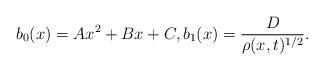
LaTeX: \begin{align*}b_{0}(x)=Ax^{2}+Bx+C, b_{1}(x) = \frac{D}{\rho(x,t)^{1/2}}. \end{align*}